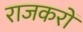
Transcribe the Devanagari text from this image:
राजकरों